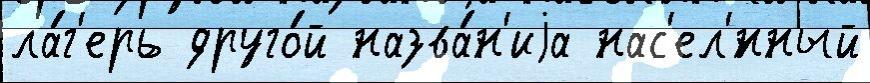
ла́г'ерь друго́й назва́н'иjа нас'ел'́нный